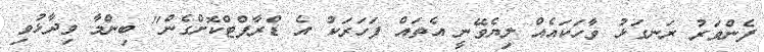
ފެންވަރު ރަނގަޅު ވާހަކައެއް ލިޔެވޭނީ އެތައް ފަހަރަކު އެ ޑްރާފްޓްކޮށްގެން" ބިންމާ ވިދާޅުވި